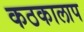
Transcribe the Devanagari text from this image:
कठकालाप